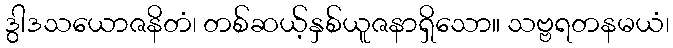
ဒွါဒသယောဇနိတံ၊ တစ်ဆယ့်နှစ်ယူဇနာရှိသော။ သဗ္ဗရတနမယံ၊